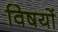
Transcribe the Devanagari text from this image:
विषयाें